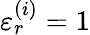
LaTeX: \varepsilon_{r}^{(i)}=1